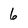
Character: 6